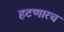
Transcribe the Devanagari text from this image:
हटणारच